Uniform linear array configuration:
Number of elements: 8
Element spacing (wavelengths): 0.25
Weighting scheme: cosine
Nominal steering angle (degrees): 15
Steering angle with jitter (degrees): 16.948
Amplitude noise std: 0.05
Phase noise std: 0.05

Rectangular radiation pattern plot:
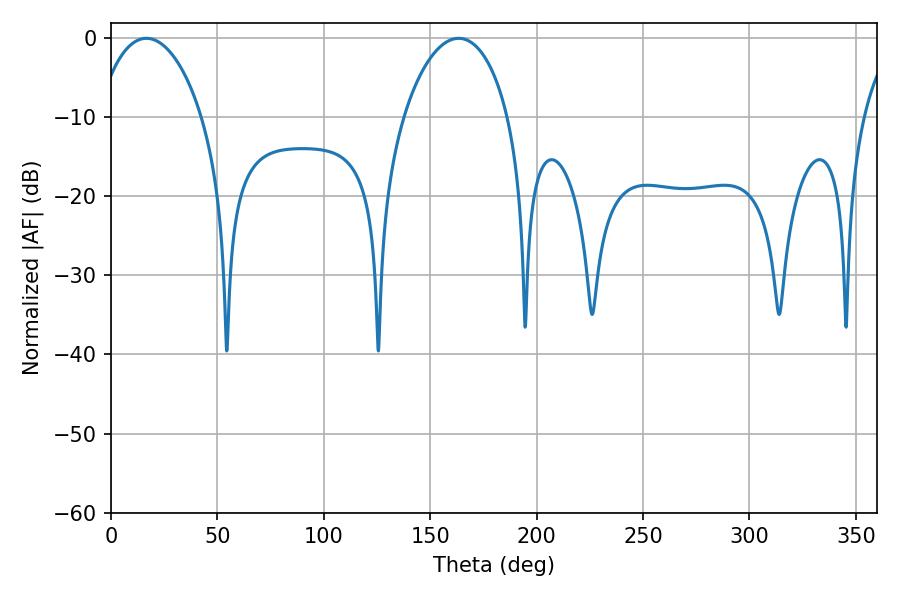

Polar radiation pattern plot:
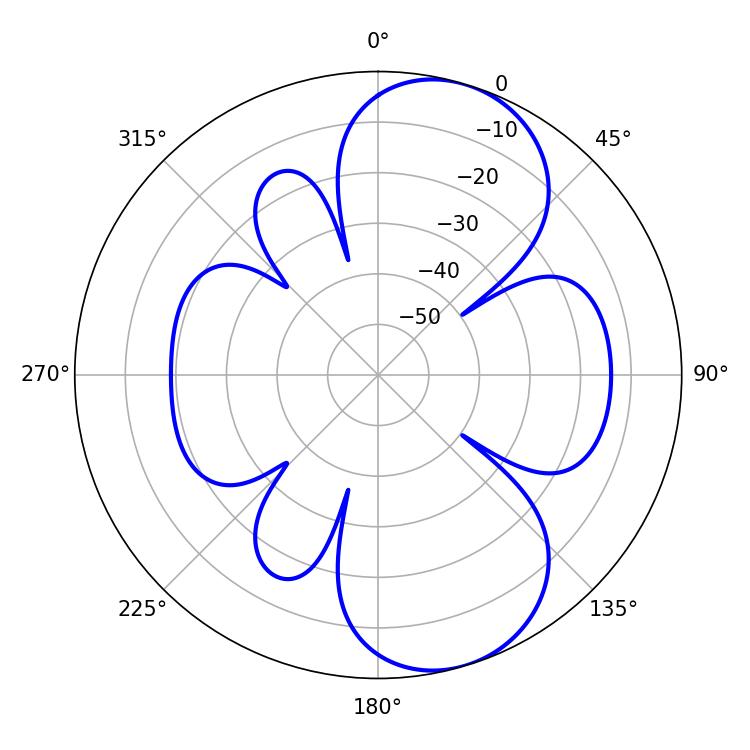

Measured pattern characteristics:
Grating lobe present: FALSE
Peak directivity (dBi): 8.085
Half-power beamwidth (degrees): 28.08
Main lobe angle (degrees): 16.56